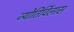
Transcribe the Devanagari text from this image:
ज्योतिर्विलास